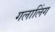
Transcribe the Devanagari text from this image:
गलालिंग